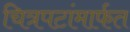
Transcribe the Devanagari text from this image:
चित्रपटांमार्फत